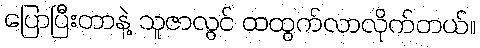
ပြောပြီးတာနဲ့ သူဇာလွင် ထထွက်လာလိုက်တယ်။